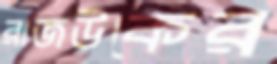
রাজউকের